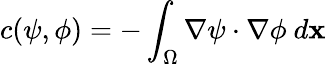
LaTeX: c(\psi,\phi)=-\int_{\Omega}\nabla\psi\cdot\nabla\phi~d\mathbf{x}